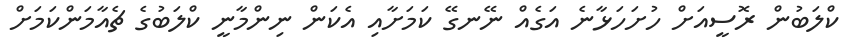
ކްލަބުން ރޮސީއަށް ހުށަހަޅާނެ އަގެއް ނޭނގޭ ކަމަށާއި އެކަން ނިންމާނީ ކްލަބުގެ ޗެއާމަންކަމަށް